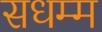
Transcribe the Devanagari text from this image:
सधम्म